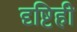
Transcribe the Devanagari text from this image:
दृष्टिही